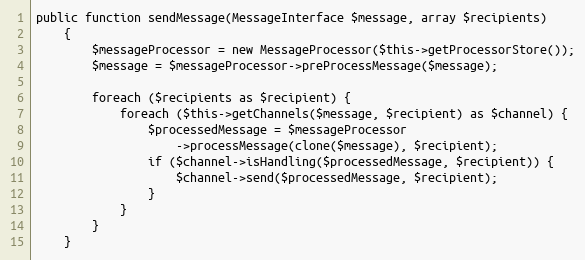
Language: PHP
public function sendMessage(MessageInterface $message, array $recipients)
    {
        $messageProcessor = new MessageProcessor($this->getProcessorStore());
        $message = $messageProcessor->preProcessMessage($message);

        foreach ($recipients as $recipient) {
            foreach ($this->getChannels($message, $recipient) as $channel) {
                $processedMessage = $messageProcessor
                    ->processMessage(clone($message), $recipient);
                if ($channel->isHandling($processedMessage, $recipient)) {
                    $channel->send($processedMessage, $recipient);
                }
            }
        }
    }